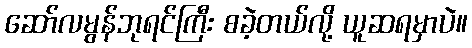
ဆော်လမွန်ဘုရင်ကြီး စခဲ့တယ်လို့ ယူဆရမှာပဲ။